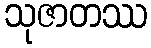
သုဇာတဿ